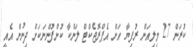
ކުރަން 27 މިލިއަން ރުފިޔާ އަށް އެޕްރޮޖެކްޓް ލަންކާ ކުންފުންނަކަށް ދިނުން އެއީ